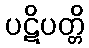
ပဋိပတ္တိ